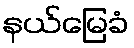
နယ်မြေခံ